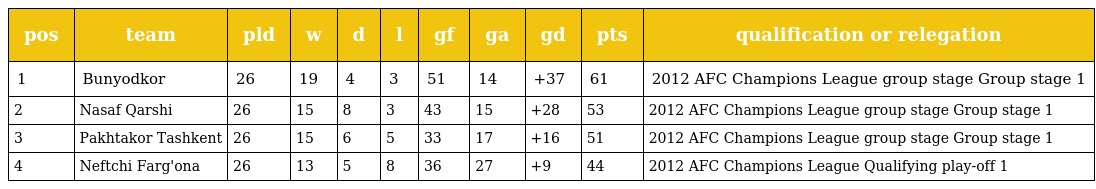
| pos | team | pld | w | d | l | gf | ga | gd | pts | qualification or relegation |
 | --- | --- | --- | --- | --- | --- | --- | --- | --- | --- | --- |
 | 1 | Bunyodkor | 26 | 19 | 4 | 3 | 51 | 14 | +37 | 61 | 2012 AFC Champions League group stage Group stage 1 |
 | 2 | Nasaf Qarshi | 26 | 15 | 8 | 3 | 43 | 15 | +28 | 53 | 2012 AFC Champions League group stage Group stage 1 |
 | 3 | Pakhtakor Tashkent | 26 | 15 | 6 | 5 | 33 | 17 | +16 | 51 | 2012 AFC Champions League group stage Group stage 1 |
 | 4 | Neftchi Farg'ona | 26 | 13 | 5 | 8 | 36 | 27 | +9 | 44 | 2012 AFC Champions League Qualifying play-off 1 |